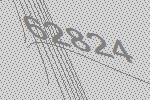
62824